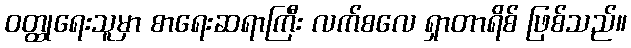
ဝတ္ထုရေးသူမှာ စာရေးဆရာကြီး လက်စလေ ရှာတာရိစ် ဖြစ်သည်။